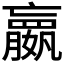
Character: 𫲓